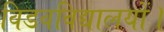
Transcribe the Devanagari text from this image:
विडवविद्यालयों।